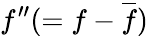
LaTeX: f^{\prime\prime}(=f-\overline{{f}})